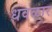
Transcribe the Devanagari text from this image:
धवळार